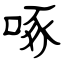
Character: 啄